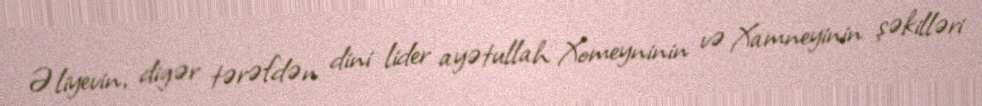
Əliyevin, digər tərəfdən dini lider ayətullah Xomeyninin və Xamneyinin şəkilləri